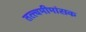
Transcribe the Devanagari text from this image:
तत्त्वमीमांसक